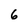
Character: 6